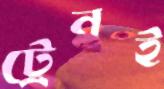
ট্রেনই